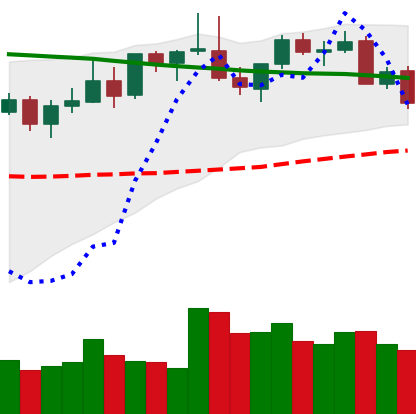
Ticker: LINK-USD
Chart end date: 2021-08-26
Forward return: 9.516%
Label: up_7plus